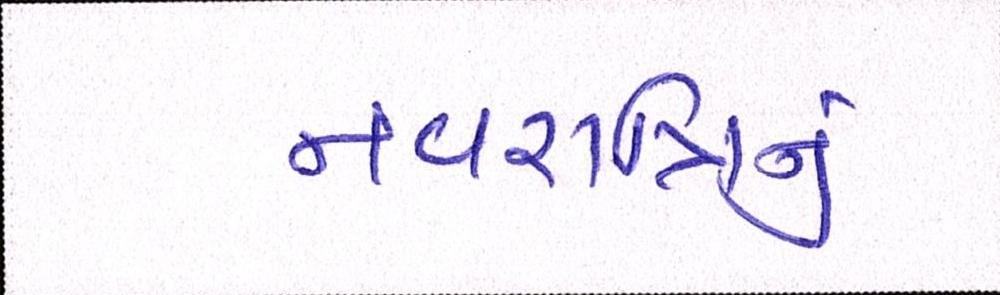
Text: નવરાત્રીનું